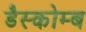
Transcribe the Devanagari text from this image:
डैस्कोम्ब